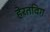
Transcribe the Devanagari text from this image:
हेरतविग